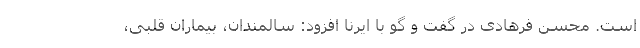
است. محسن فرهادی در گفت و گو با ایرنا افزود: سالمندان، بیماران قلبی،